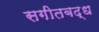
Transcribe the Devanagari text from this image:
सगीतबद्ध